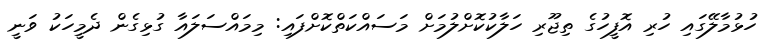
ހުޅުމާލޭގައި ހުރި އޮފީހުގެ ތިޖޫރި ހަލާކުކޮށްލުމަށް މަސައްކަތްކޮށްފައި: މިމައްސަލައާ ގުޅިގެން ދެމީހަކު ވަނީ